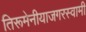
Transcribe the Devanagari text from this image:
तिरूमेनीयाजगरस्वामी